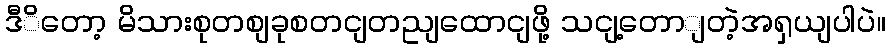
ဒီိတော့ မိသားစုတစျခုစတငျတညျထောငျဖို့ သငျ့တောျတဲ့အရှယျပါပဲ။